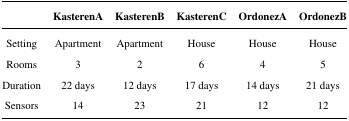
<table><thead><tr><td></td><td><b>KasterenA</b></td><td><b>KasterenB</b></td><td><b>KasterenC</b></td><td><b>OrdonezA</b></td><td><b>OrdonezB</b></td></tr></thead><tbody><tr><td>Setting</td><td>Apartment</td><td>Apartment</td><td>House</td><td>House</td><td>House</td></tr><tr><td>Rooms</td><td>3</td><td>2</td><td>6</td><td>4</td><td>5</td></tr><tr><td>Duration</td><td>22 days</td><td>12 days</td><td>17 days</td><td>14 days</td><td>21 days</td></tr><tr><td>Sensors</td><td>14</td><td>23</td><td>21</td><td>12</td><td>12</td></tr></tbody></table>